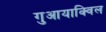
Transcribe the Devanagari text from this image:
गुआयाक्विल